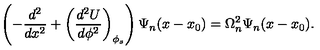
\left( - \frac { d ^ { 2 } } { d x ^ { 2 } } + \left( \frac { d ^ { 2 } U } { d \phi ^ { 2 } } \right) _ { \phi _ { s } } \right) \Psi _ { n } ( x - x _ { 0 } ) = \Omega _ { n } ^ { 2 } \Psi _ { n } ( x - x _ { 0 } ) .